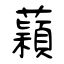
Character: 蘔